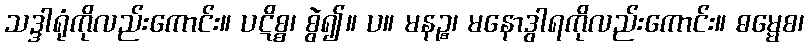
သဒ္ဒါရုံကိုလည်းကောင်း။ ပဋိစ္စ၊ စွဲ၍။ ပ။ မနဉ္စ၊ မနောဒွါရကိုလည်းကောင်း။ ဓမ္မေစ၊